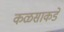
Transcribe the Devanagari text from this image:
कळसाकडे